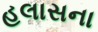
હલાસના